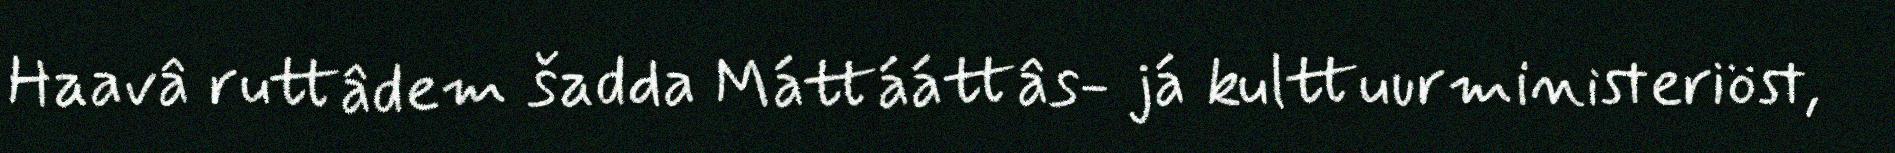
Haavâ ruttâdem šadda Máttááttâs- já kulttuurministeriöst,